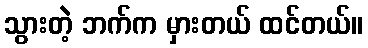
သွားတဲ့ ဘက်က မှားတယ် ထင်တယ်။